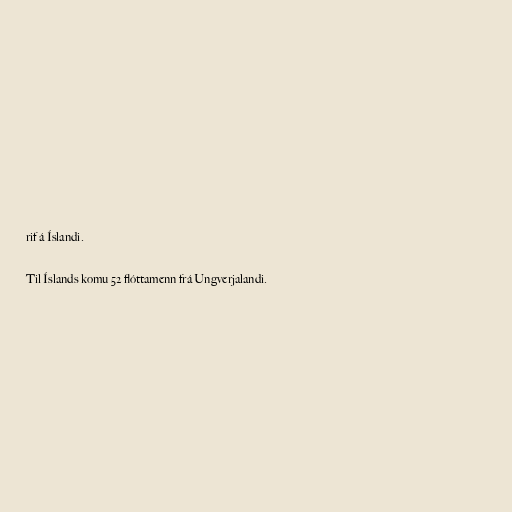
rif á Íslandi.

Til Íslands komu 52 flóttamenn frá Ungverjalandi.